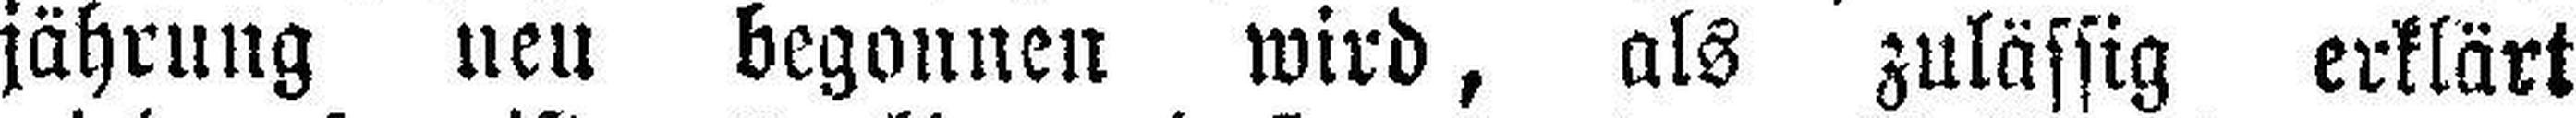
jährung neu begonnen wird, als zulässig erklärt